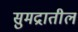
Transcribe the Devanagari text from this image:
सुमद्रातील